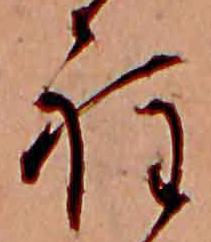
程